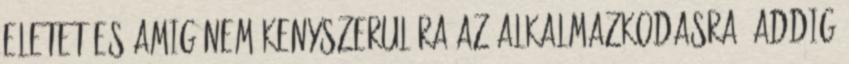
eletet es amig nem kenyszerul ra az alkalmazkodasra, addig